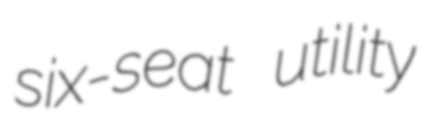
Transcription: six-seat utility